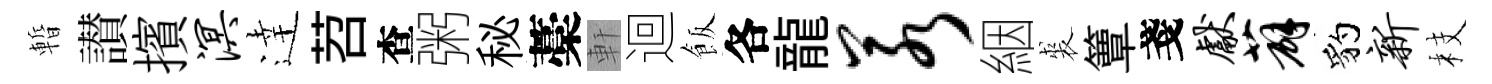
暫讃擯溟逹苕查粥秘藁軒迴飯各龍若絪裘簟戔献薜豹新枝